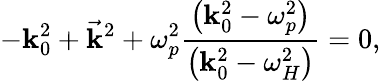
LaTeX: -\mathbf{k}_{0}^{2}+{\vec{{\mathbf{k}}}}^{2}+\omega_{p}^{2}{\frac{{\left(\mathbf{k}_{0}^{2}-\omega_{p}^{2}\right)}}{{\left(\mathbf{k}_{0}^{2}-\omega_{H}^{2}\right)}}}=0,